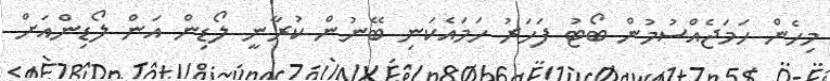
މިހެން ހަމަޖެއްސުމުން ބޯޓު ފަހަރު ހަމައެކަނި ބޭނުން ކުރާނީ ލޯޑިން އަން ލޯޑިންއަށް